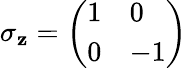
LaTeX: \sigma_{\mathbf{z}}={\biggl(}{\begin{array}{ll}{1}&{0}\\ {0}&{-1}\end{array}}{\biggr)}